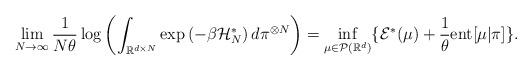
LaTeX: \begin{align*} \lim_{N \to \infty} \frac{1}{N \theta} \log \left( \int_{\mathbb{R}^{d \times N}} \exp \left( - \beta \mathcal{H}^{*}_{N} \right) d \pi ^{\otimes N} \right) = \inf_{\mu \in \mathcal{P}(\mathbb{R}^{d})} \{ \mathcal{E}^{*} (\mu) + \frac{1}{\theta} {\rm ent}[\mu | \pi] \}.\end{align*}